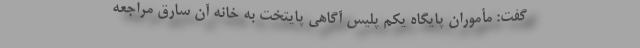
گفت: مأموران پایگاه یکم پلیس آگاهی پایتخت به خانه آن سارق مراجعه